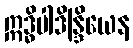
ဣဒ္ဓိပါဒိန္ဒြိယေန